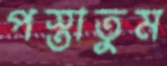
পস্তাতুম